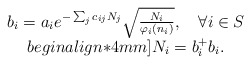
\begin{align*}\begin{array}{c}b_{i}=a_{i} e^{-\sum_{j}c_{ij}N_{j}}\sqrt{\frac{N_{i}}{\varphi_{i}(n_{i})}},\quad \forall i \in S\\begin{align*}4mm]N_{i}=b_{i}^{+}b_{i}.\end{array}\end{align*}